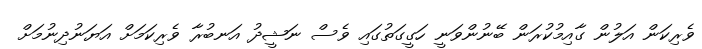
ވެރިކަން އަލުން ގާއިމުކުރަން ބޭނުންވަނީ ހަގީގަތުގައި ވެސް ނަޝީދު އަނބުރާ ވެރިކަމަށް އަޔަނުދިނުމަށް